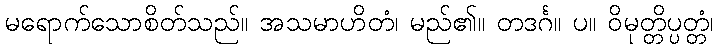
မရောက်သောစိတ်သည်။ အသမာဟိတံ၊ မည်၏။ တဒင်္ဂ။ ပ။ ဝိမုတ္တိပ္ပတ္တံ၊